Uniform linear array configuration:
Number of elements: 24
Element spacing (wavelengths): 0.25
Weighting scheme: exponential
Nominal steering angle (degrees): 30
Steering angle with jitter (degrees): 30.616
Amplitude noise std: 0.05
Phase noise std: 0.05

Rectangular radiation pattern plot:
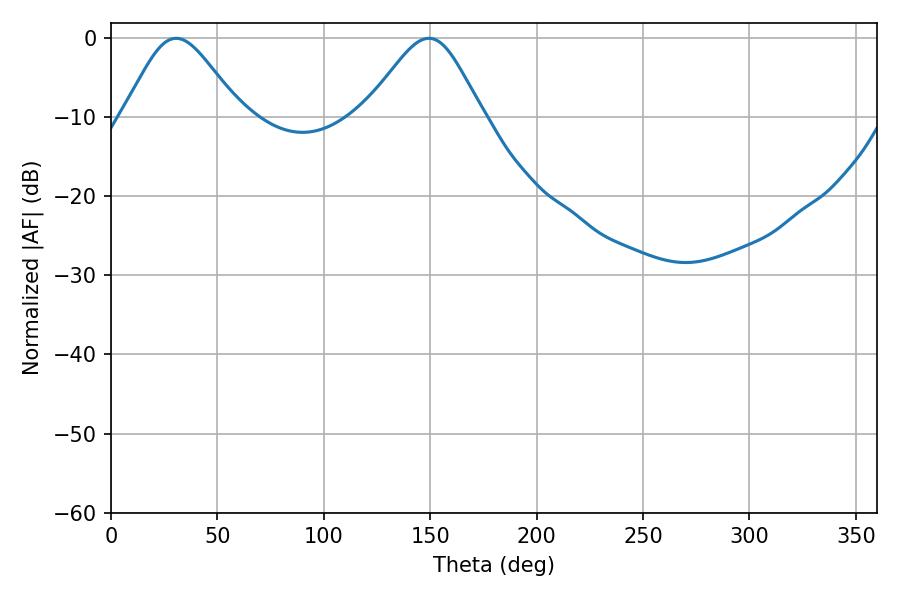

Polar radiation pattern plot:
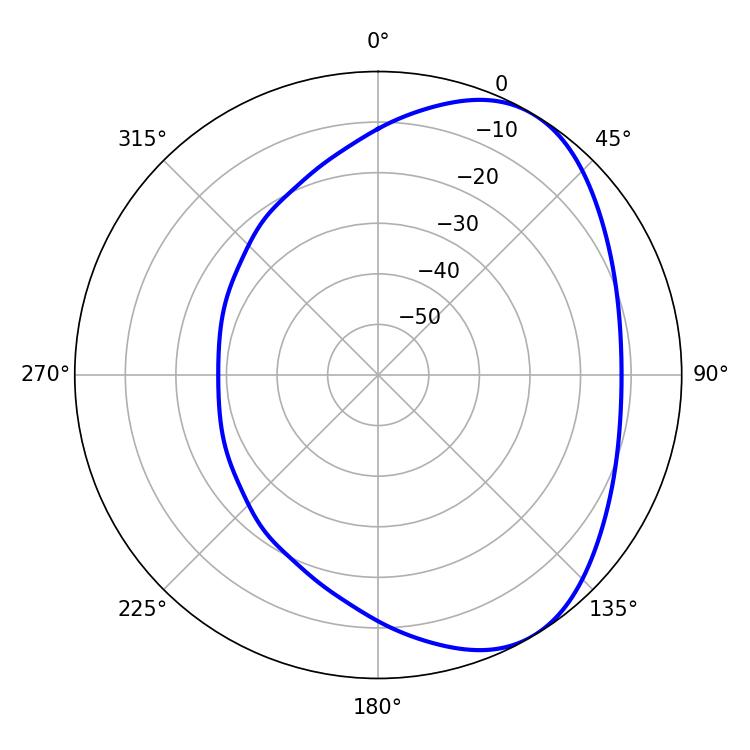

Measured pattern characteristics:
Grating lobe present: FALSE
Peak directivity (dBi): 5.027
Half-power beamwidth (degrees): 27.36
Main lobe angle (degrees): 30.6